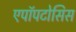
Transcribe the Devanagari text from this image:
एपॉपटोसिस